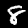
Label: 8